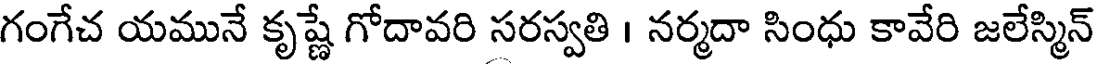
గంగేచ యమునే కృష్ణే గోదావరి సరస్వతి । నర్మదా సింధు కావేరి జలేస్మిన్